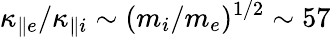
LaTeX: \kappa_{\parallel e}/\kappa_{\parallel i}\sim(m_{i}/m_{e})^{1/2}\sim 57